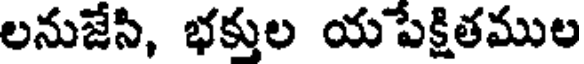
లనుజేసి, భక్తుల యపేక్షితముల